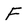
Character: F